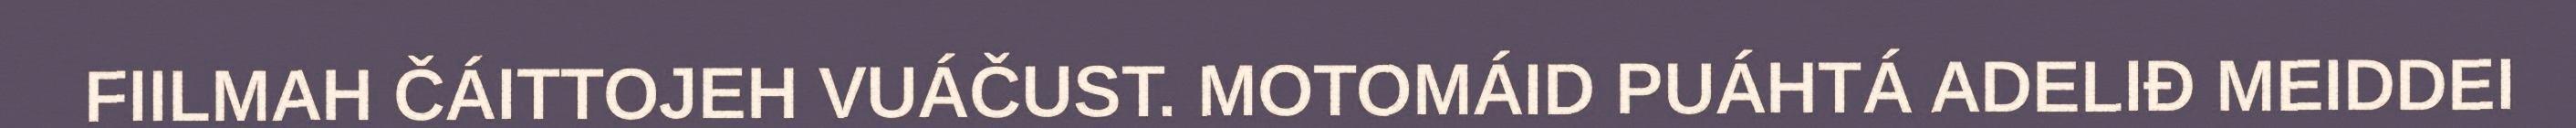
FIILMAH ČÁITTOJEH VUÁČUST. MOTOMÁID PUÁHTÁ ADELIĐ MEIDDEI